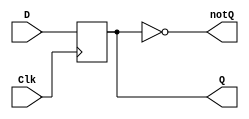
`timescale 1ns / 1ps

module d_flip_flop_behavioral(
                              output reg Q, //declare output variables
                              output wire notQ,
                              input wire D,
                              input wire Clk
                              );
    
    always@(posedge Clk) // on the posotive edge of the clock
        Q <= D; // assign D to Q
        
    assign notQ = ~Q; // assign not Q to not Q
    
endmodule